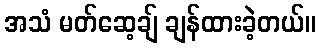
အသံ မတ်ဆေ့ချ် ချန်ထားခဲ့တယ်။